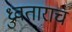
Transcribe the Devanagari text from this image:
ध्रुवताराच